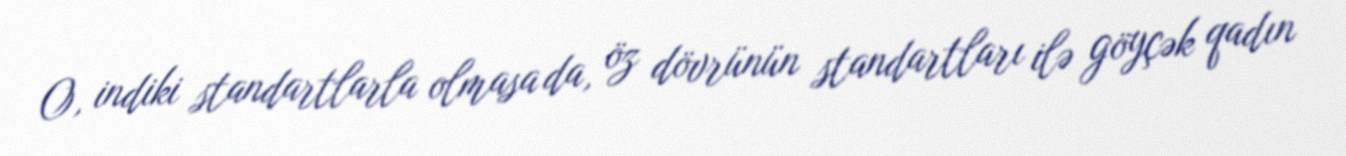
O, indiki standartlarla olmasa da, öz dövrünün standartları ilə göyçək qadın